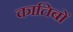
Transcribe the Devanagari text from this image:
कातिबों